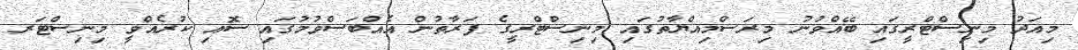
މިއަދު މިނިސްޓްރީގައި ބޭއްވުނު މިރަސްމިއްޔާތުގައި މިނިސްޓްރީގެ ފަރާތުން އެއްބަސްވުމުގައި ސޮއި ކުރެއްވީ މިނިސްޓަރ